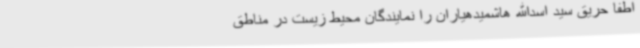
اطفا حریق سید اسدالله هاشمیدهیاران را نمایندگان محیط زیست در مناطق